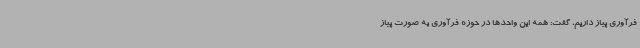
فرآوری پیاز داریم، گفت: همه این واحدها در حوزه فرآوری به صورت پیاز